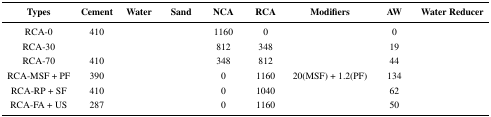
<table><thead><tr><td><b>Types</b></td><td><b>Cement</b></td><td><b>Water</b></td><td><b>Sand</b></td><td><b>NCA</b></td><td><b>RCA</b></td><td><b>Modifiers</b></td><td><b>AW</b></td><td><b>Water Reducer</b></td></tr></thead><tbody><tr><td>RCA-0</td><td>410</td><td>[EMPTY_CELL]</td><td>[EMPTY_CELL]</td><td>1160</td><td>0</td><td>[EMPTY_CELL]</td><td>0</td><td>[EMPTY_CELL]</td></tr><tr><td>RCA-30</td><td>[EMPTY_CELL]</td><td>[EMPTY_CELL]</td><td>[EMPTY_CELL]</td><td>812</td><td>348</td><td>[EMPTY_CELL]</td><td>19</td><td>[EMPTY_CELL]</td></tr><tr><td>RCA-70</td><td>410</td><td>[EMPTY_CELL]</td><td>[EMPTY_CELL]</td><td>348</td><td>812</td><td>[EMPTY_CELL]</td><td>44</td><td>[EMPTY_CELL]</td></tr><tr><td>RCA-MSF + PF</td><td>390</td><td>[EMPTY_CELL]</td><td>[EMPTY_CELL]</td><td>0</td><td>1160</td><td>20(MSF) + 1.2(PF)</td><td>134</td><td>[EMPTY_CELL]</td></tr><tr><td>RCA-RP + SF</td><td>410</td><td>[EMPTY_CELL]</td><td>[EMPTY_CELL]</td><td>0</td><td>1040</td><td>[EMPTY_CELL]</td><td>62</td><td>[EMPTY_CELL]</td></tr><tr><td>RCA-FA + US</td><td>287</td><td>[EMPTY_CELL]</td><td>[EMPTY_CELL]</td><td>0</td><td>1160</td><td>[EMPTY_CELL]</td><td>50</td><td>[EMPTY_CELL]</td></tr></tbody></table>